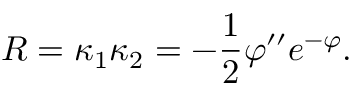
R = \kappa _ { 1 } \kappa _ { 2 } = - \frac { 1 } { 2 } \varphi ^ { \prime \prime } e ^ { - \varphi } .